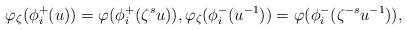
LaTeX: \begin{align*}\varphi_\zeta(\phi^+_i(u)) = \varphi(\phi^+_i(\zeta^s u)), \varphi_\zeta(\phi^-_i(u^{-1})) = \varphi(\phi^-_i(\zeta^{-s} u^{-1})), \end{align*}